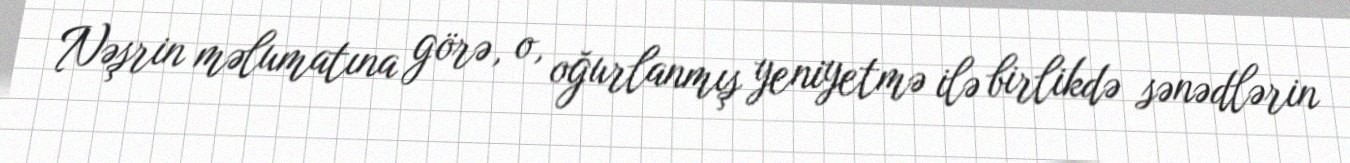
Nəşrin məlumatına görə, o, oğurlanmış yeniyetmə ilə birlikdə sənədlərin